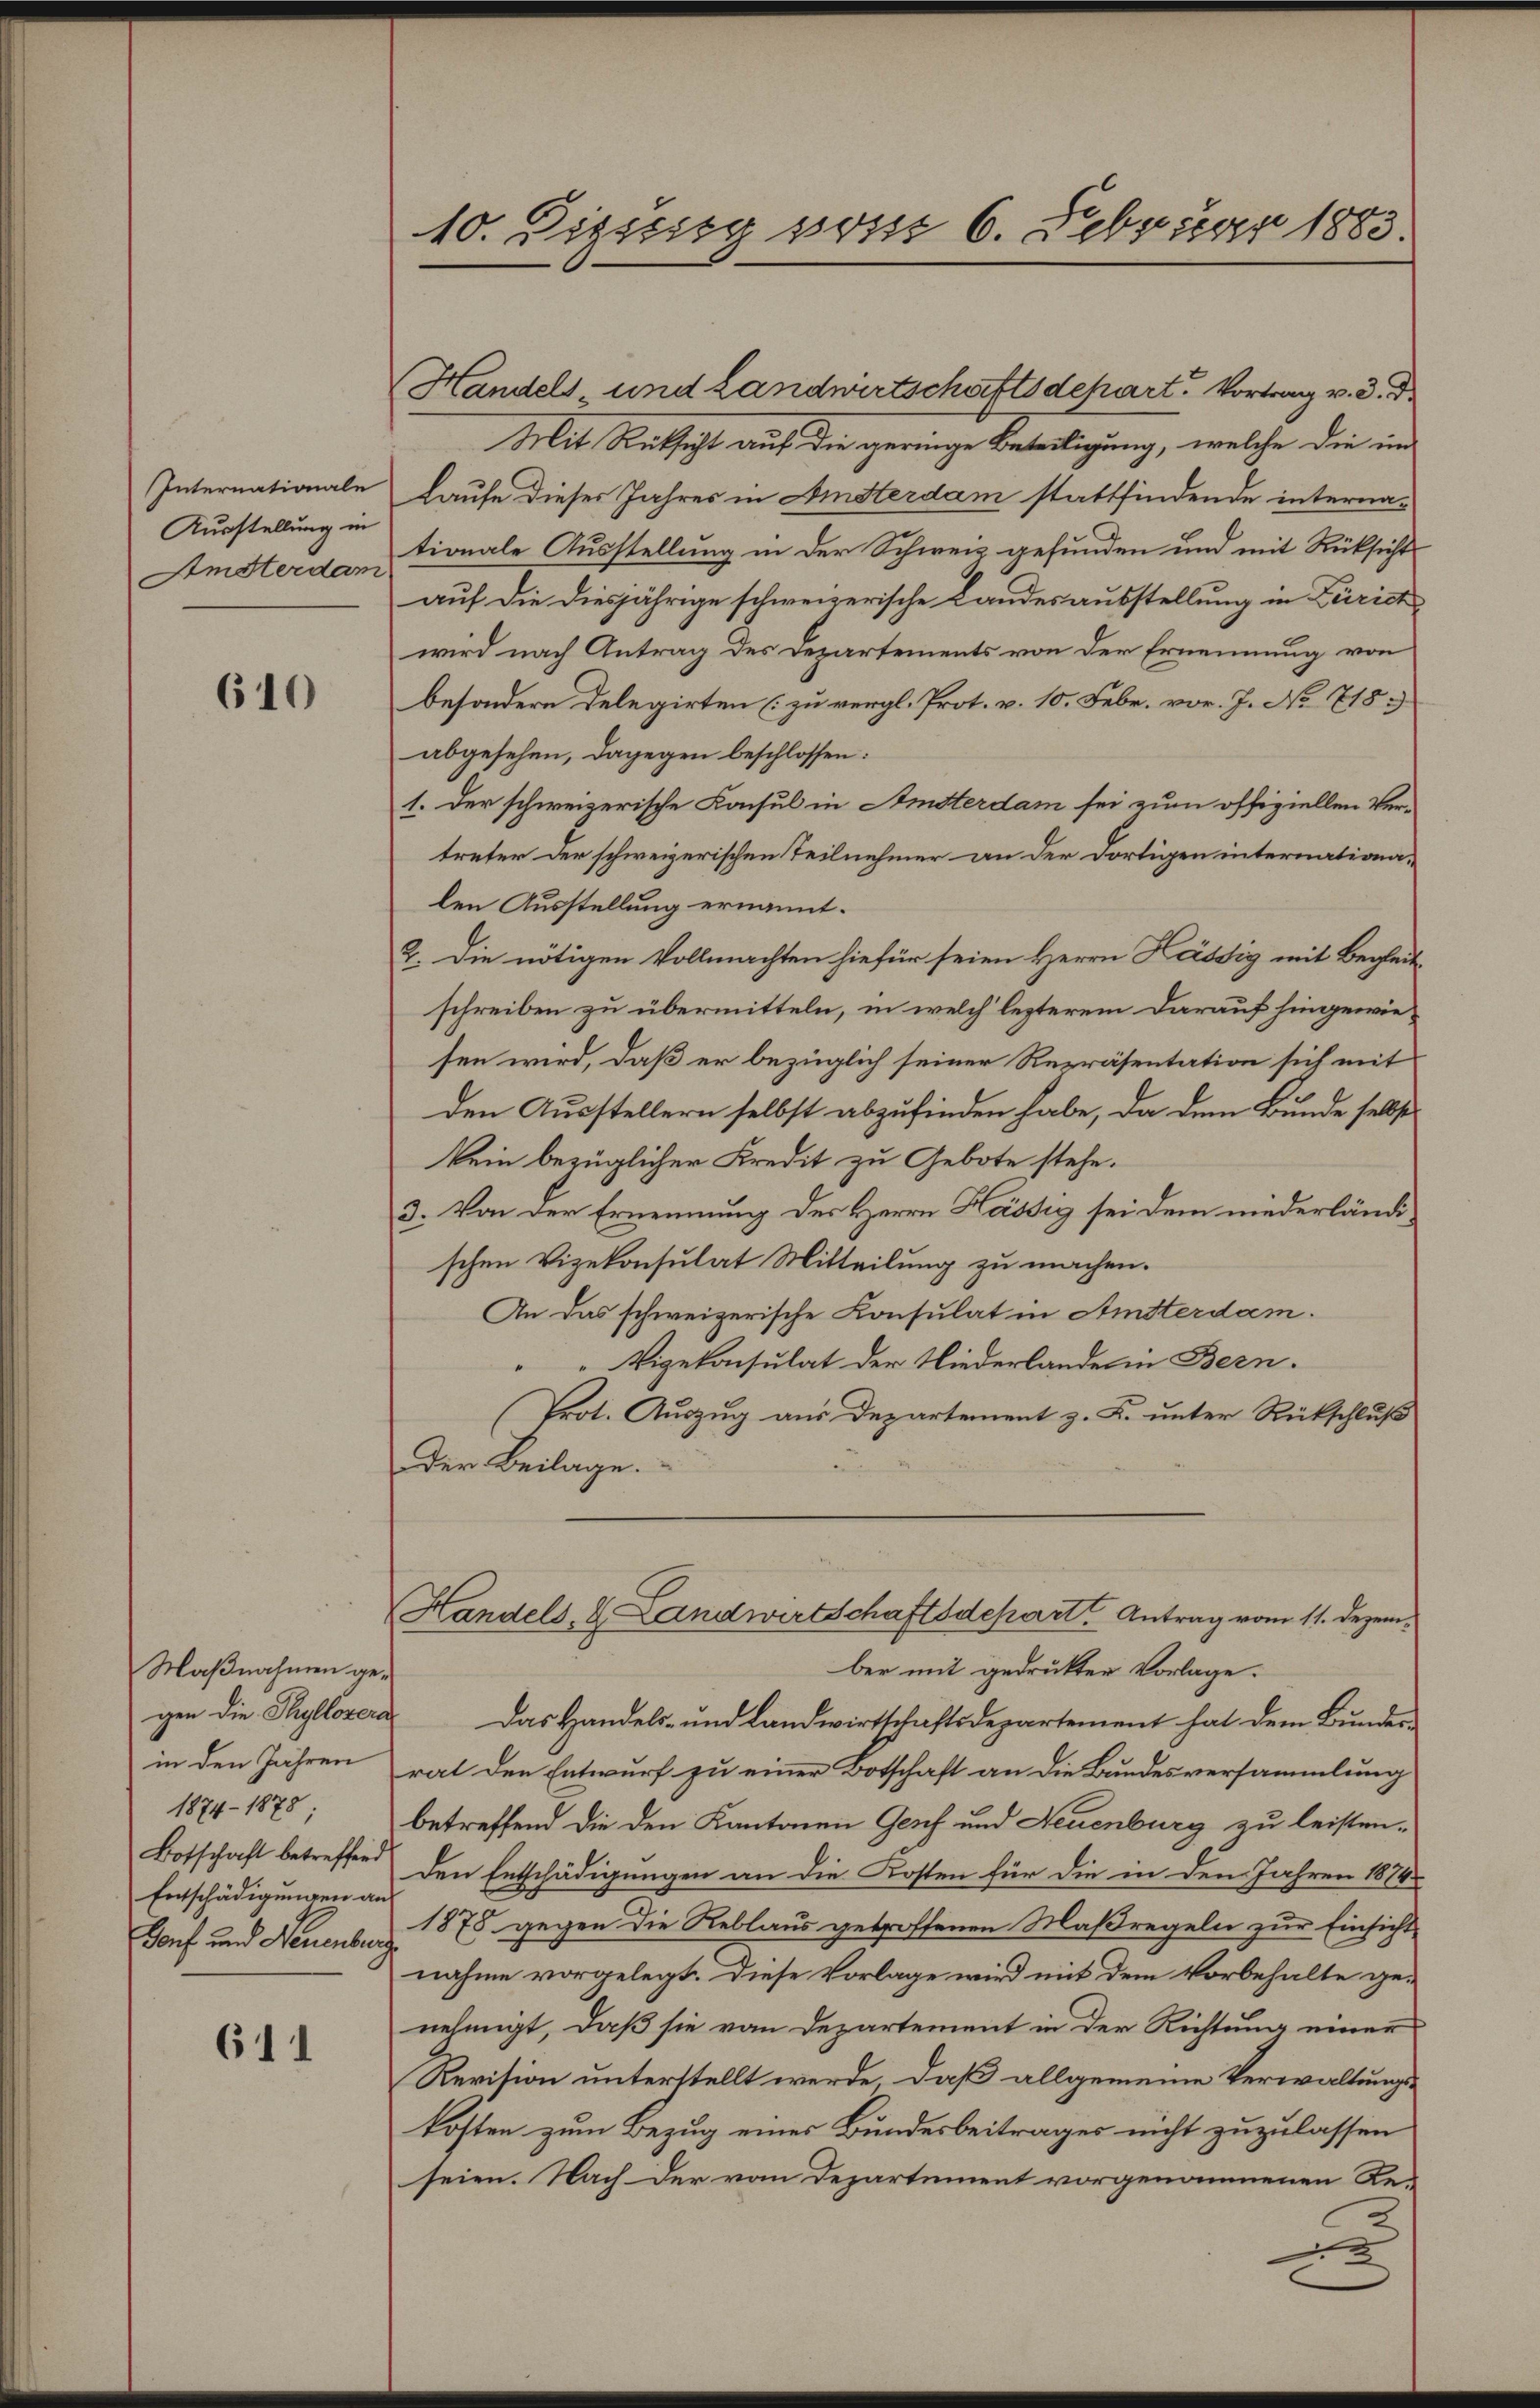
Internationale
Ausstellung in
Amsterdam

610

Maßnahmen gegen die Thyllozera
in den Jahren
1874. 1878
Botschaft betreffend
Entschädigungen an
Gonf und Neuenburg

611

10. Dizzetg post 6. Februar 1883

Handels- und Landwirtschaft dehart. Vortrag v. 3. d.
Mit Rüksicht auf die geringe Beteiligung, welche die im
laufe dieses Jahres in Amsterdam stattfindende internationale Ausstellung in der Schweiz gefunden und mit Rücksicht
auf die diesjährige schweizerische Landesausstellung in Zürichwird nach Antrag des Departements von der Ernennung von
besondere Delegirten (zu vergl. Prot. v. 10. Febr. vor. J. No 718.
abgesehen, dagegen beschlossen:
1. Der schweizerische Konsul in Amsterdam sei zum offiziellen Vertreter der schweizerischen Teilnehmer an der dortigen internationalen Ausstellung ernannt.
2. Die nötigen Vollmachten hiefür seien Herrn Hässig mit Begleit-
schreiben zu übermitteln, in welch lezterem darauf hingewiesen wird, daß er bezüglich seiner Repräsentation sich mit
den Ausstellern selbst abzufinden habe, da dem Bunde selbst
kein bezüglicher Kredit zu Gebote stehe.
3. Von der Ernennung des Herrn Kassig sei dem niederländischen Vizekonsulat Mitteilung zu machen.
An das schweizerische Konsulat in Amsterdam.
Vigekonsulat der Niederlandern Bern.
Prot. Auszug aus Departement z. K. unter Rückschluß
Der Beilage.
Handels- & Landwirtschaftsdepart Antrag vom 11. Dezem-
ber mit gedrukten Vorlage.
Das Handels- und Landwirtschaftsdepartement hat dem Bundesrat den Entwurf zu einer Botschaft an die Bundesversammlung
betreffend die den Kantonen Genf und Neuenburg zu leisten.
Den Entschädigungen an die Kosten für die in den Jahren 1874
1878 gegen die Reblaus getroffenen Maßregeln zur Einsicht
nahme vorgelegt. Diese Vorlage wird mit dem Vorbehalte ge-
nehmigt, daß sie von Departement in der Richtung einer
Revision unterstellt werde, daß allgemeine Verwaltungs-
kosten zum Bezug eines Bundesbeitrages nicht zuzulassen
seien. Nach der vom Departement vorgenommenen Re-